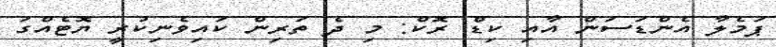
ޕަމެލާ އެންޑަސަން އާއި ކިޑް ރޮކް: މި ދެ ތަރިން ކައިވެނިކުރީ ޔޮޓެއްގަ